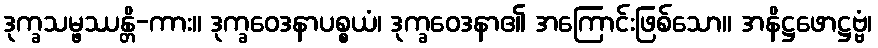
ဒုက္ခသမ္ဖဿန္တိ-ကား။ ဒုက္ခဝေဒနာပစ္စယံ၊ ဒုက္ခဝေဒနာ၏ အကြောင်းဖြစ်သော။ အနိဋ္ဌဖောဋ္ဌဗ္ဗံ၊